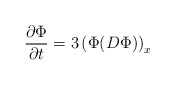
\begin{align*}{\partial \Phi\over \partial t} = 3 \left(\Phi(D\Phi)\right)_{x}\end{align*}